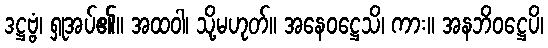
ဒဋ္ဌဗ္ဗံ၊ ရှုအပ်၏။ အထဝါ၊ သို့မဟုတ်။ အနေဝဋ္ဌေသိ၊ ကား။ အနဘိဝဋ္ဌေပိ၊